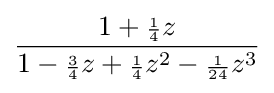
{\frac {1+{\scriptstyle {\frac {1}{4}}}z}{1-{\scriptstyle {\frac {3}{4}}}z+{\scriptstyle {\frac {1}{4}}}z^{2}-{\scriptstyle {\frac {1}{24}}}z^{3}}}